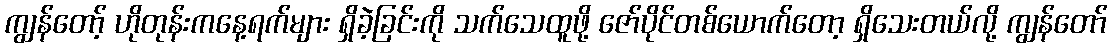
ကျွန်တော့် ဟိုတုန်းကနေ့ရက်များ ရှိခဲ့ခြင်းကို သက်သေထူဖို့ ဇော်ပိုင်တစ်ယောက်တော့ ရှိသေးတယ်လို့ ကျွန်တော်